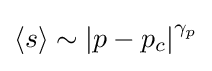
{\begin{aligned}\langle s\rangle \sim \left|p-p_{c}\right|^{\gamma _{p}}\end{aligned}}